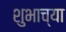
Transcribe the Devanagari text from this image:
शुभाच्या